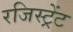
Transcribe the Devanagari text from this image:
रजिस्ट्रेंट